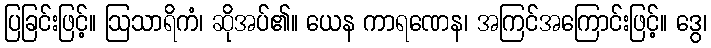
ပြခြင်းဖြင့်။ ဩသာရိကံ၊ ဆိုအပ်၏။ ယေန ကာရဏေန၊ အကြင်အကြောင်းဖြင့်။ ဒွေ၊